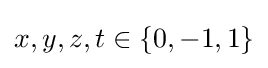
x,y,z,t\in \left\{0,-1,1\right\}